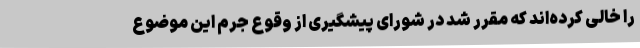
را خالی کرده‌اند که مقرر شد در شورای پیشگیری از وقوع جرم این موضوع